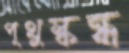
পৃথুস্কন্ধ